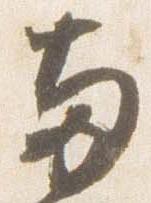
両